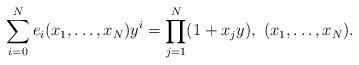
LaTeX: \begin{align*}\sum_{i=0}^Ne_i(x_1,\dots,x_N) y^i=\prod_{j=1}^{N}(1+x_j y),\ (x_1,\dots,x_N). \end{align*}